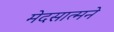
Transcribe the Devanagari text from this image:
मेदसात्मने